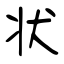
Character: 状